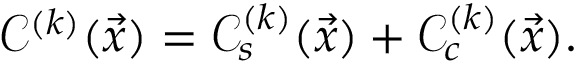
\mathcal C ^ { ( k ) } ( \vec { x } ) = \mathcal C _ { s } ^ { ( k ) } ( \vec { x } ) + \mathcal C _ { c } ^ { ( k ) } ( \vec { x } ) .